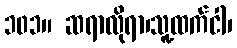
၁၀၁။ ဆရာလိုရာ၊သူ့ထက်ငါ၊